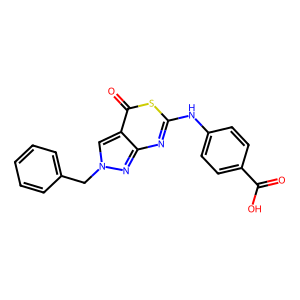
SMILES: O=C(O)c1ccc(Nc2nc3nn(Cc4ccccc4)cc3c(=O)s2)cc1
Inhibits HIV replication: Yes